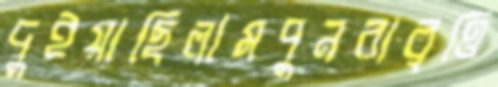
দুইয়াছিলামপুনরাবৃত্তি